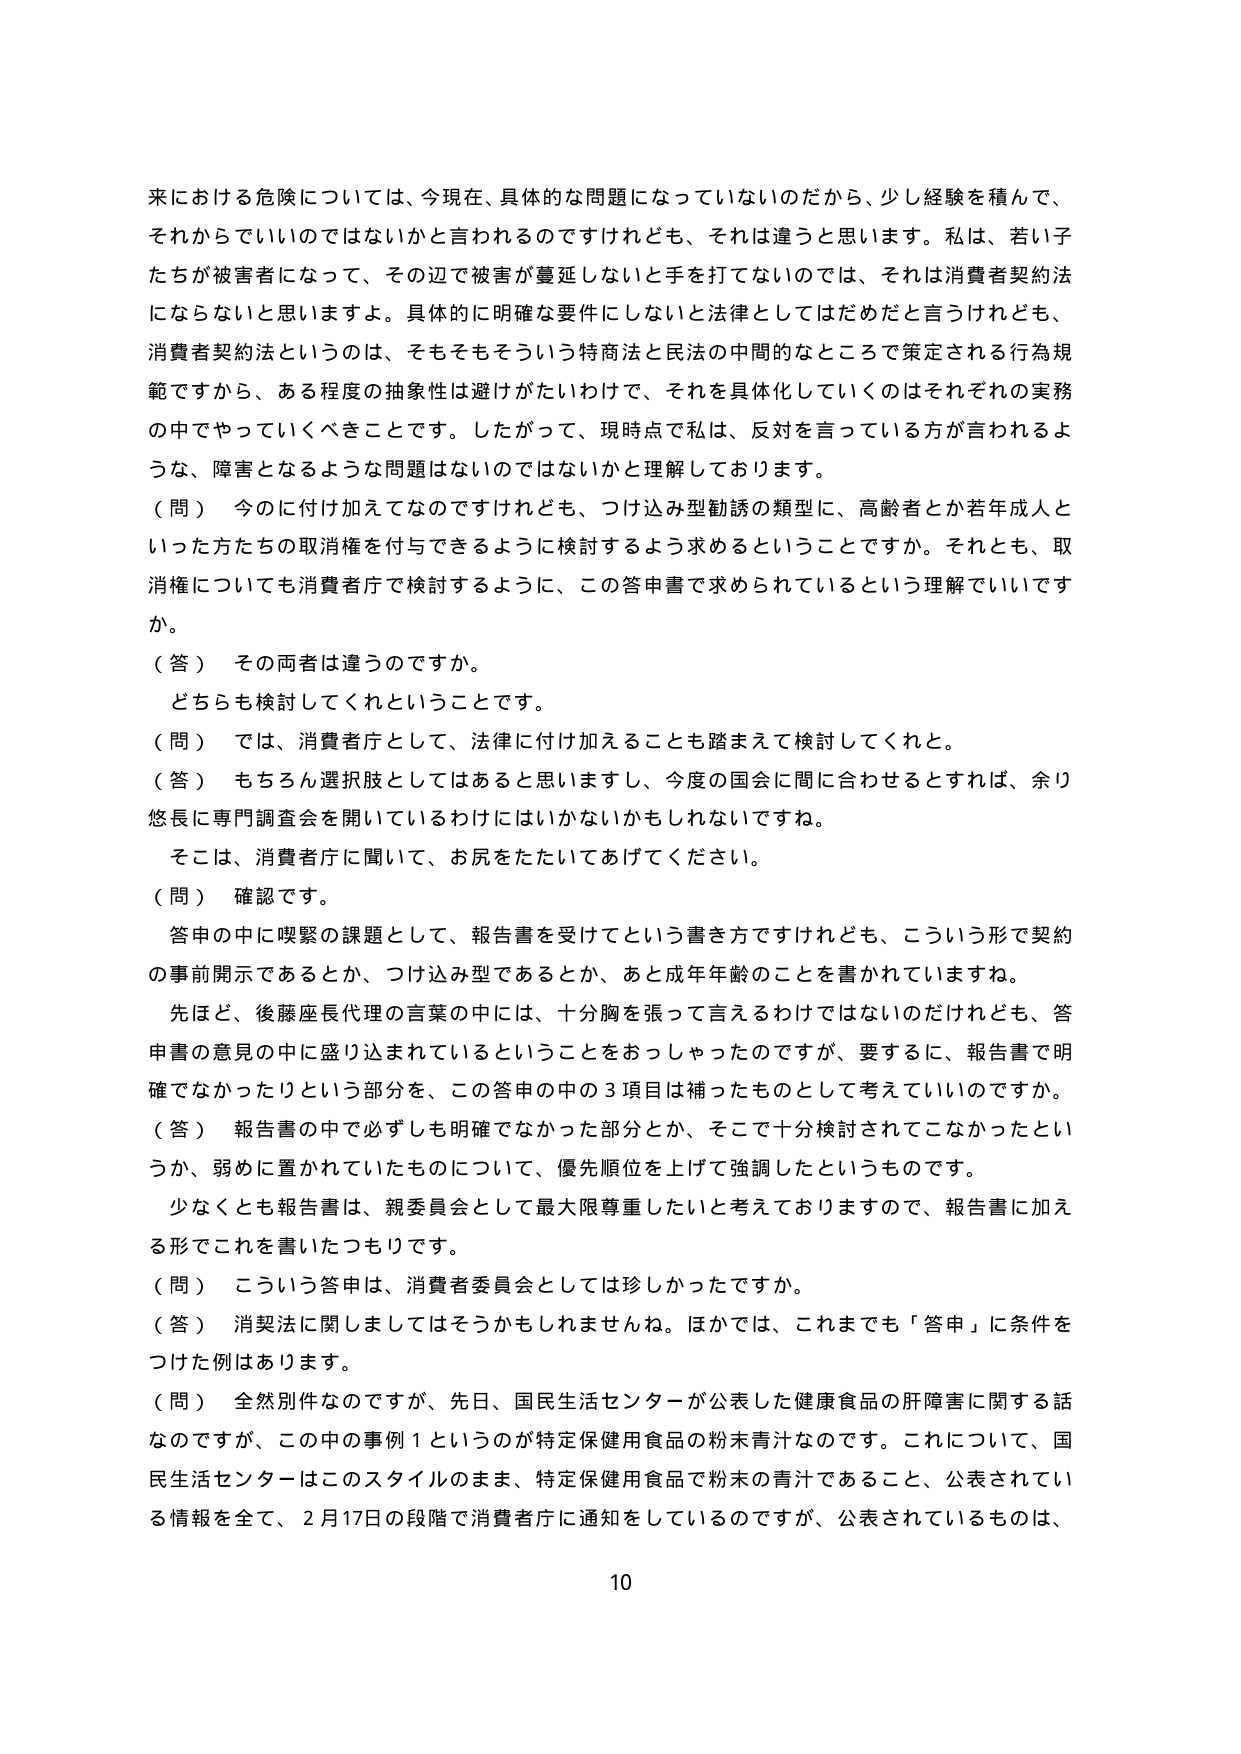
来における危険については、今現在、具体的な問題になっていないのだから、少し経験を積んで、
それからでいいのではないかと言われるのですけれども、それは違うと思います。私は、若い子
たちが被害者になって、その辺で被害が蔓延しないと手を打てないのでは、それは消費者契約法
にならないと思いますよ。具体的に明確な要件にしないと法律としてはだめだと言うけれども、
消費者契約法というのは、そもそもそういう特商法と民法の中間的なところで策定される行為規
範ですから、ある程度の抽象性は避けがたいわけで、それを具体化していくのはそれぞれの実務
の中でやっていくべきことです。したがって、現時点で私は、反対を言っている方が言われるよ
うな、障害となるような問題はないのではないかと理解しております。

（問） 今のに付け加えてなのですけれども、つけ込み型勧誘の類型に、高齢者とか若年成人と
いった方たちの取消権を付与できるように検討するよう求めるということですか。それとも、取
消権についても消費者庁で検討するように、この答申書で求められているという理解でいいです
か。

（答） その両者は違うのですか。
　どちらも検討してくれということです。

（問） では、消費者庁として、法律に付け加えることも踏まえて検討してくれと。

（答） もちろん選択肢としてはあると思いますし、今度の国会に間に合わせるとすれば、余り
悠長に専門調査会を開いているわけにはいかないかもしれないですね。
　そこは、消費者庁に聞いて、お尻をたたいてあげてください。

（問） 確認です。
　答申の中に喫緊の課題として、報告書を受けてという書き方ですけれども、こういう形で契約
の事前開示であるとか、つけ込み型であるとか、あと成年年齢のことを書かれています。
　先ほど、後藤座長代理の言葉の中には、十分胸を張って言えるわけではないのだけれども、答
申書の意見の中に盛り込まれているということをおっしゃったのですが、要するに、報告書で明
確でなかったりという部分を、この答申の中の３項目は補ったものとして考えていいいのですか。

（答） 報告書の中で必ずしも明確でなかった部分とか、そこで十分検討されてこなかったとい
うか、弱めに置かれていたものについて、優先順位を上げて強調したというものです。
　少なくとも報告書は、親委員会として最大限尊重したいと考えておりますので、報告書に加え
る形でこれを書いたつもりです。

（問） こういう答申は、消費者委員会としては珍しかったですか。

（答） 消契法に関しましてはそうかもしれませんね。ほかでは、これまでも「答申」に条件を
つけた例はあります。

（問） 全然別件なのですが、先日、国民生活センターが公表した健康食品の肝障害に関する話
なのですが、この中の事例１というのが特定保健用食品の粉末青汁なのです。これについて、国
民生活センターはこのスタイルのまま、特定保健用食品で粉末の青汁であること、公表されてい
る情報を全て、２月17日の段階で消費者庁に通知をしているのですが、公表されているものは、

10